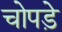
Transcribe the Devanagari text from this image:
चोपड़े